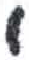
אות: י